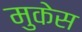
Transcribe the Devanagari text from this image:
मुकेस